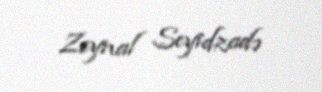
Zeynal Seyidzadə